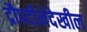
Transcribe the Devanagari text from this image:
द्रौपदीनेदेखील